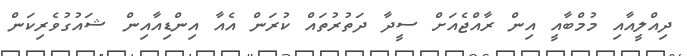
ދިއްލީއާއި މުމްބާއީ އިން ރާއްޖެއަށް ސީދާ ދަތުރުތައް ކުރަން އެއާ އިންޑިއާއިން ޝައުގުވެރިކަން